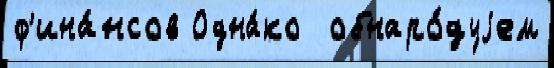
ф'ина́нсов Одна́ко  обнаро́дуjем